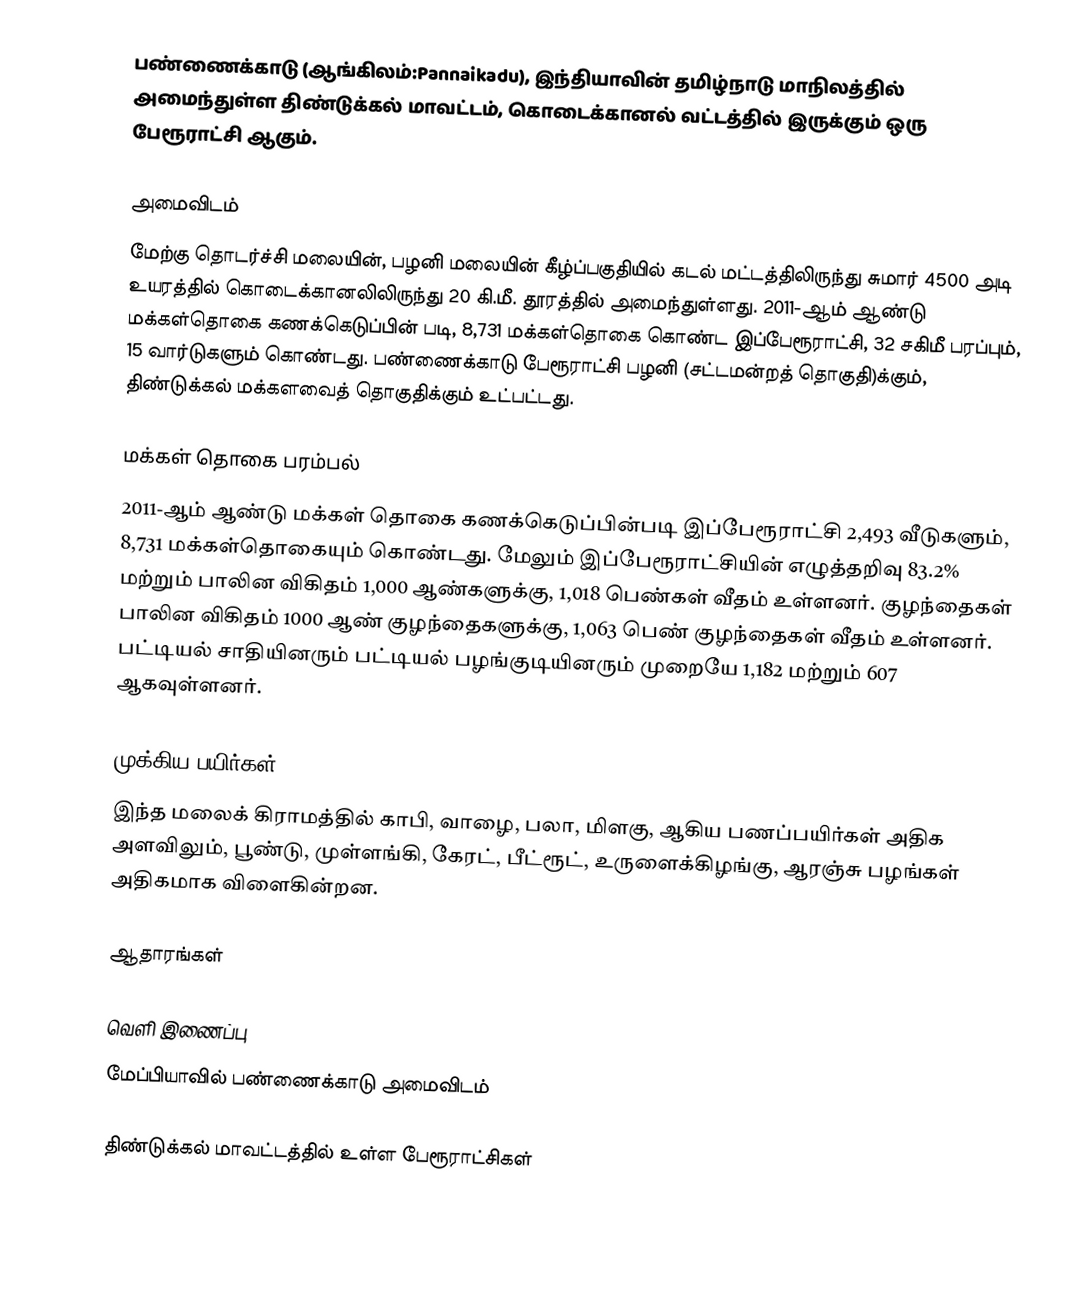
பண்ணைக்காடு (ஆங்கிலம்:Pannaikadu), இந்தியாவின் தமிழ்நாடு மாநிலத்தில் அமைந்துள்ள திண்டுக்கல் மாவட்டம், கொடைக்கானல் வட்டத்தில் இருக்கும் ஒரு பேரூராட்சி ஆகும்.

அமைவிடம்
மேற்கு தொடர்ச்சி மலையின், பழனி மலையின் கீழ்ப்பகுதியில் கடல் மட்டத்திலிருந்து சுமார் 4500 அடி உயரத்தில் கொடைக்கானலிலிருந்து 20 கி.மீ. தூரத்தில் அமைந்துள்ளது. 2011-ஆம் ஆண்டு மக்கள்தொகை கணக்கெடுப்பின் படி, 8,731 மக்கள்தொகை கொண்ட இப்பேரூராட்சி,  32 சகிமீ பரப்பும், 15 வார்டுகளும் கொண்டது.  பண்ணைக்காடு பேரூராட்சி பழனி (சட்டமன்றத் தொகுதி)க்கும், திண்டுக்கல் மக்களவைத் தொகுதிக்கும் உட்பட்டது.

மக்கள் தொகை பரம்பல்
2011-ஆம் ஆண்டு மக்கள் தொகை கணக்கெடுப்பின்படி   இப்பேரூராட்சி  2,493     வீடுகளும், 8,731  மக்கள்தொகையும் கொண்டது. மேலும் இப்பேரூராட்சியின் எழுத்தறிவு 83.2%  மற்றும்  பாலின விகிதம் 1,000 ஆண்களுக்கு, 1,018 பெண்கள் வீதம் உள்ளனர். குழந்தைகள் பாலின விகிதம் 1000 ஆண் குழந்தைகளுக்கு, 1,063   பெண் குழந்தைகள் வீதம் உள்ளனர்.  பட்டியல் சாதியினரும் பட்டியல் பழங்குடியினரும்  முறையே 1,182 மற்றும் 607 ஆகவுள்ளனர்.

முக்கிய பயிர்கள்
இந்த மலைக் கிராமத்தில் காபி, வாழை, பலா, மிளகு, ஆகிய பணப்பயிர்கள் அதிக அளவிலும், பூண்டு, முள்ளங்கி, கேரட், பீட்ரூட், உருளைக்கிழங்கு, ஆரஞ்சு பழங்கள் அதிகமாக விளைகின்றன.

ஆதாரங்கள்

வெளி இணைப்பு
 மேப்பியாவில் பண்ணைக்காடு அமைவிடம்

திண்டுக்கல் மாவட்டத்தில் உள்ள பேரூராட்சிகள்